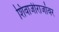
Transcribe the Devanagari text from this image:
शिवाजीराजांवर